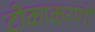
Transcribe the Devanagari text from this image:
टीकाकरणों